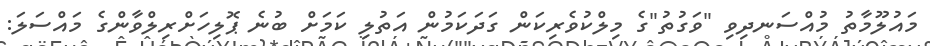
މައުލޫމާތު މުއްސަނދިވި "ވަގުތު"ގެ މިލްކުވެރިކަން ގަދަކަމުން އަތުލި ކަމަށް ބުނެ ޕޮލިހަށްރިލްވާންގެ މައްސަލަ: